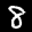
Label: 8